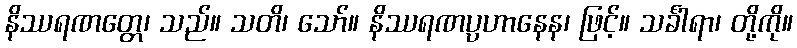
နိဿရဏတ္တေ၊ သည်။ သတိ၊ သော်။ နိဿရဏပ္ပဟာနေန၊ ဖြင့်။ သင်္ခါရာ၊ တို့ကို။